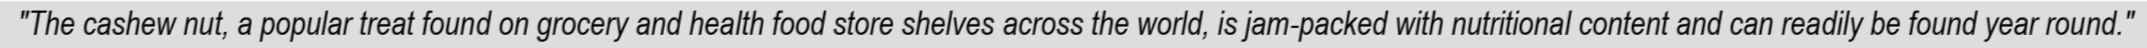
"The cashew nut, a popular treat found on grocery and health food store shelves across the world, is jam-packed with nutritional content and can readily be found year round."